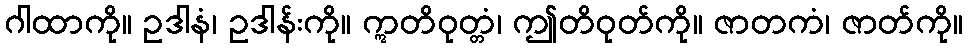
ဂါထာကို။ ဥဒါနံ၊ ဥဒါန်းကို။ ဣတိဝုတ္တံ၊ ဤတိဝုတ်ကို။ ဇာတကံ၊ ဇာတ်ကို။